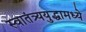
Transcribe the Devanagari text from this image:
स्वातंत्र्ययुद्धामध्ये